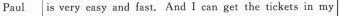
Paul is very easy and fast. And I can get the tickets in my